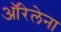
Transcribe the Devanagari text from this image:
ऑरेलेना